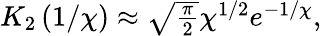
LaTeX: \begin{array}{r}{K_{2}\left(1/\chi\right)\approx\sqrt{\frac{\pi}{2}}\chi^{1/2}e^{-1/\chi},}\end{array}